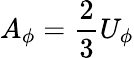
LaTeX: A_{\phi}=\frac{2}{3}U_{\phi}